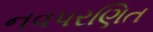
નવપરણિત